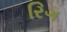
રિગ